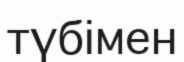
түбімен